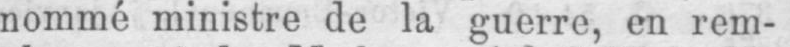
nommé ministre de la guerre, en rem-